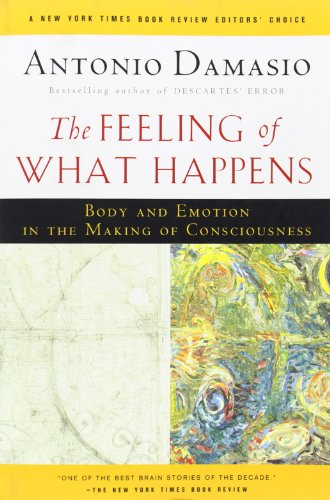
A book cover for The Feeling of What Happens: Body and Emotion in the Making of Consciousness; Antonio Damasio; Medical Books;